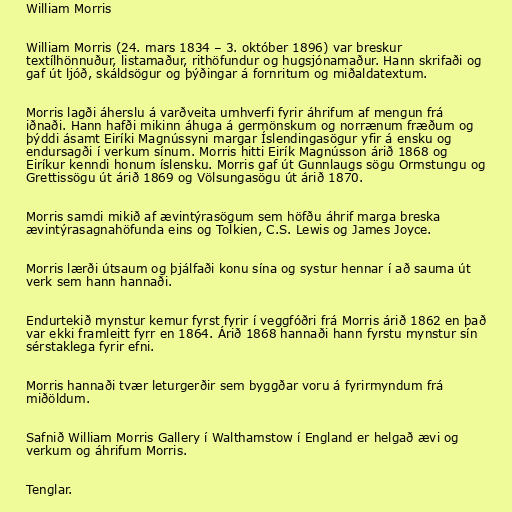
William Morris

William Morris (24. mars 1834 – 3. október 1896) var breskur
textílhönnuður, listamaður, rithöfundur og hugsjónamaður. Hann skrifaði og
gaf út ljóð, skáldsögur og þýðingar á fornritum og miðaldatextum.

Morris lagði áherslu á varðveita umhverfi fyrir áhrifum af mengun frá
iðnaði. Hann hafði mikinn áhuga á germönskum og norrænum fræðum og
þýddi ásamt Eiríki Magnússyni margar Íslendingasögur yfir á ensku og
endursagði í verkum sínum. Morris hitti Eirík Magnússon árið 1868 og
Eiríkur kenndi honum íslensku. Morris gaf út Gunnlaugs sögu Ormstungu og
Grettissögu út árið 1869 og Völsungasögu út árið 1870.

Morris samdi mikið af ævintýrasögum sem höfðu áhrif marga breska
ævintýrasagnahöfunda eins og Tolkien, C.S. Lewis og James Joyce.

Morris lærði útsaum og þjálfaði konu sína og systur hennar í að sauma út
verk sem hann hannaði.

Endurtekið mynstur kemur fyrst fyrir í veggfóðri frá Morris árið 1862 en það
var ekki framleitt fyrr en 1864. Árið 1868 hannaði hann fyrstu mynstur sín
sérstaklega fyrir efni.

Morris hannaði tvær leturgerðir sem byggðar voru á fyrirmyndum frá
miðöldum.

Safnið William Morris Gallery í Walthamstow í England er helgað ævi og
verkum og áhrifum Morris.

Tenglar.